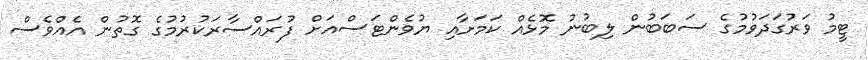
ޓީމު ވަރުގަދަވުމުގެ ސަބަބުން ލިބުނު މޮޅެއް ކަމަށާއި ޔުވެންޓަސްއަށް ފުރައްސާރަކުރުމުގެ ގޮތުން އެއްވެސް